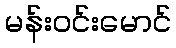
မန်းဝင်းမောင်